Civil Veterinary Department Bihar reports 1940-50 - 1940-1950
Year: 1940
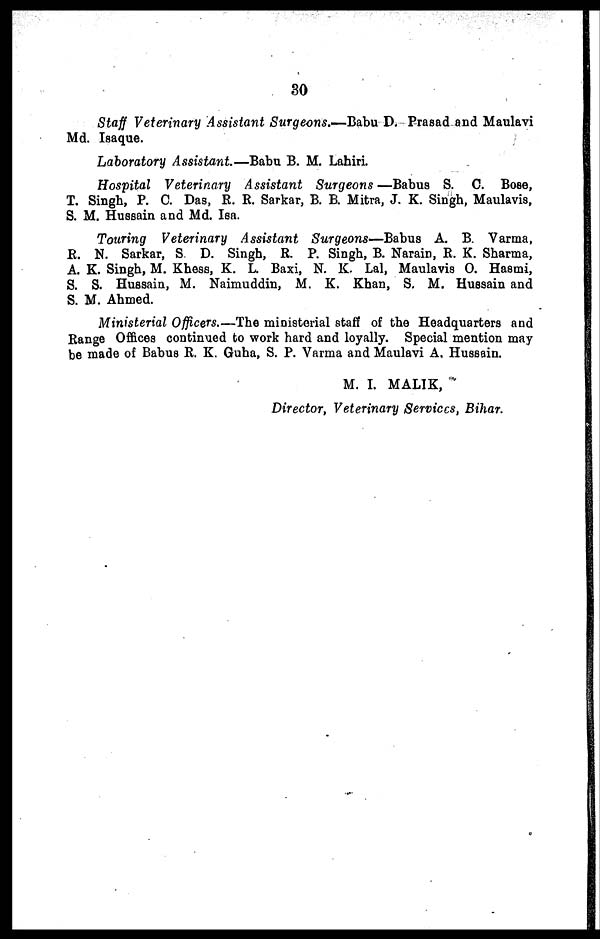
30
Staff Veterinary Assistant Surgeons.—Babu D. Prasadand Maulavi
Md. Isaque.
Laboratory Assistant—Babu B. M. Lahiri.
Hospital Veterinary Assistant Surgeons —Babua S. C. Bose,
T. Singh, P. C. Das, R. R. Sarkar, B. B. Mitra, J. K. Singh, Maulavis,
S. M. Hussain and Md. Isa.
Touring Veterinary Assistant Surgeons—Babus A. B. Varma,
R. N. Sarkar, S. D. Singh, R. P. Singh, B. Narain, R. K. Sharma,
A. K. Singh, M. Khess, K. L. Baxi, N. K. Lal, Maulavis O. Hasmi,
S. S. Hussain, M. Naimuddin, M. K. Khan, S. M. Hussain and
S. M. Ahmed.
Ministerial Officers.—The ministerial staff of the Headquarters and
Range Offices continued to work hard and loyally. Special mention may
be made of Babus R. K. Guha, S. P. Varma and Maulavi A. Hussain.
M. I. MALIK,
Director, Veterinary Services, Bihar.